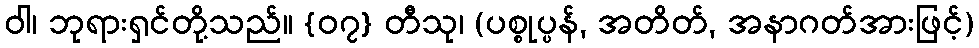
ဝါ၊ ဘုရားရှင်တို့သည်။ {၀၇} တီသု၊ (ပစ္စုပ္ပန်, အတိတ်, အနာဂတ်အားဖြင့်)